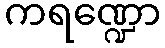
ကရဏ္ဍော